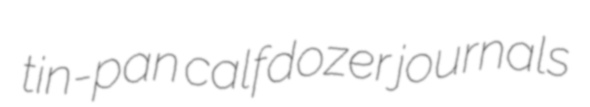
tin-pan calfdozer journals